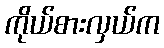
ကိုယ်စားလှယ်က